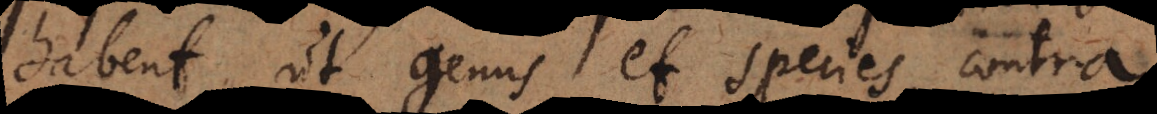
habent ut genus et species, contra